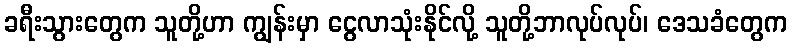
ခရီးသွားတွေက သူတို့ဟာ ကျွန်းမှာ ငွေလာသုံးနိုင်လို့ သူတို့ဘာလုပ်လုပ်၊ ဒေသခံတွေက